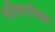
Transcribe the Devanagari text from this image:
सौन्दर्यवान